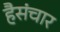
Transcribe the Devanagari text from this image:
हैसंचार